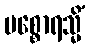
ပစ္စောရသ္မိံ